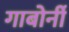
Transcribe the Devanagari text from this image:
गाबोर्नी